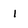
Character: 1